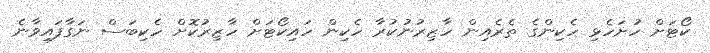
ކޯޓަށް ހުށަހެޅި ހެކިންގެ ތެރެއިން ހާޒިރުނުކުރާ ހެކިން ހައިކޯޓަށް ހާޒިރުކޮށް ހެކިބަސް ނަގާފައިވާނެ